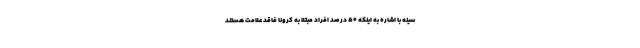
سینه با اشاره به اینکه ۵۰ درصد افراد مبتلا به کرونا فاقد علامت هستند